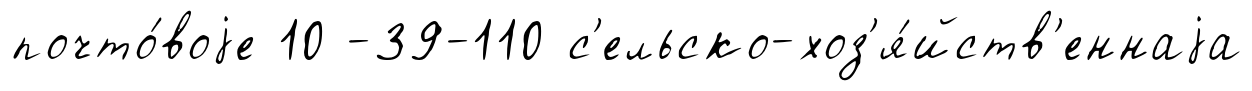
почто́воjе 10 -39-110 с'ельско-хоз'я́йств'еннаjа